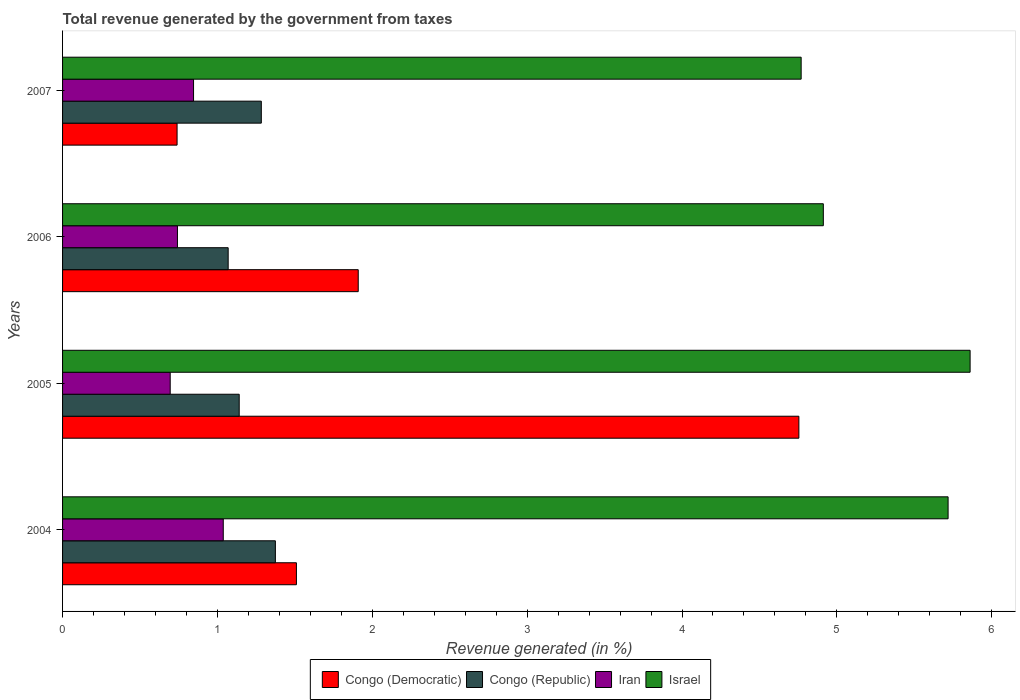
| Years | Congo (Democratic) | Congo (Republic) | Iran | Israel |
 | --- | --- | --- | --- | --- |
 | 2004 | 1.51 | 1.37 | 1.04 | 5.72 |
 | 2005 | 4.75 | 1.14 | 0.695 | 5.86 |
 | 2006 | 1.91 | 1.07 | 0.742 | 4.91 |
 | 2007 | 0.739 | 1.28 | 0.846 | 4.77 |